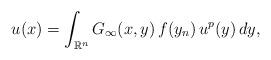
LaTeX: \begin{align*}u(x)=\int_{\mathbb{R}^n}G_{\infty}(x,y)\,f(y_n)\, u^{p}(y)\,dy,\end{align*}